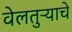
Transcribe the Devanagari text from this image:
वेलतुऱ्याचे